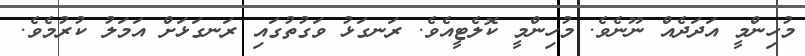
މުހިންމީ އަދަދެއް ނޫނެވެ. މުހިންމީ ކޮލެޓީއެވެ. ރަނގަޅު ވަގުތުުގައި ރަނގަޅަށް އަމަލު ކުރުުމެވެ.